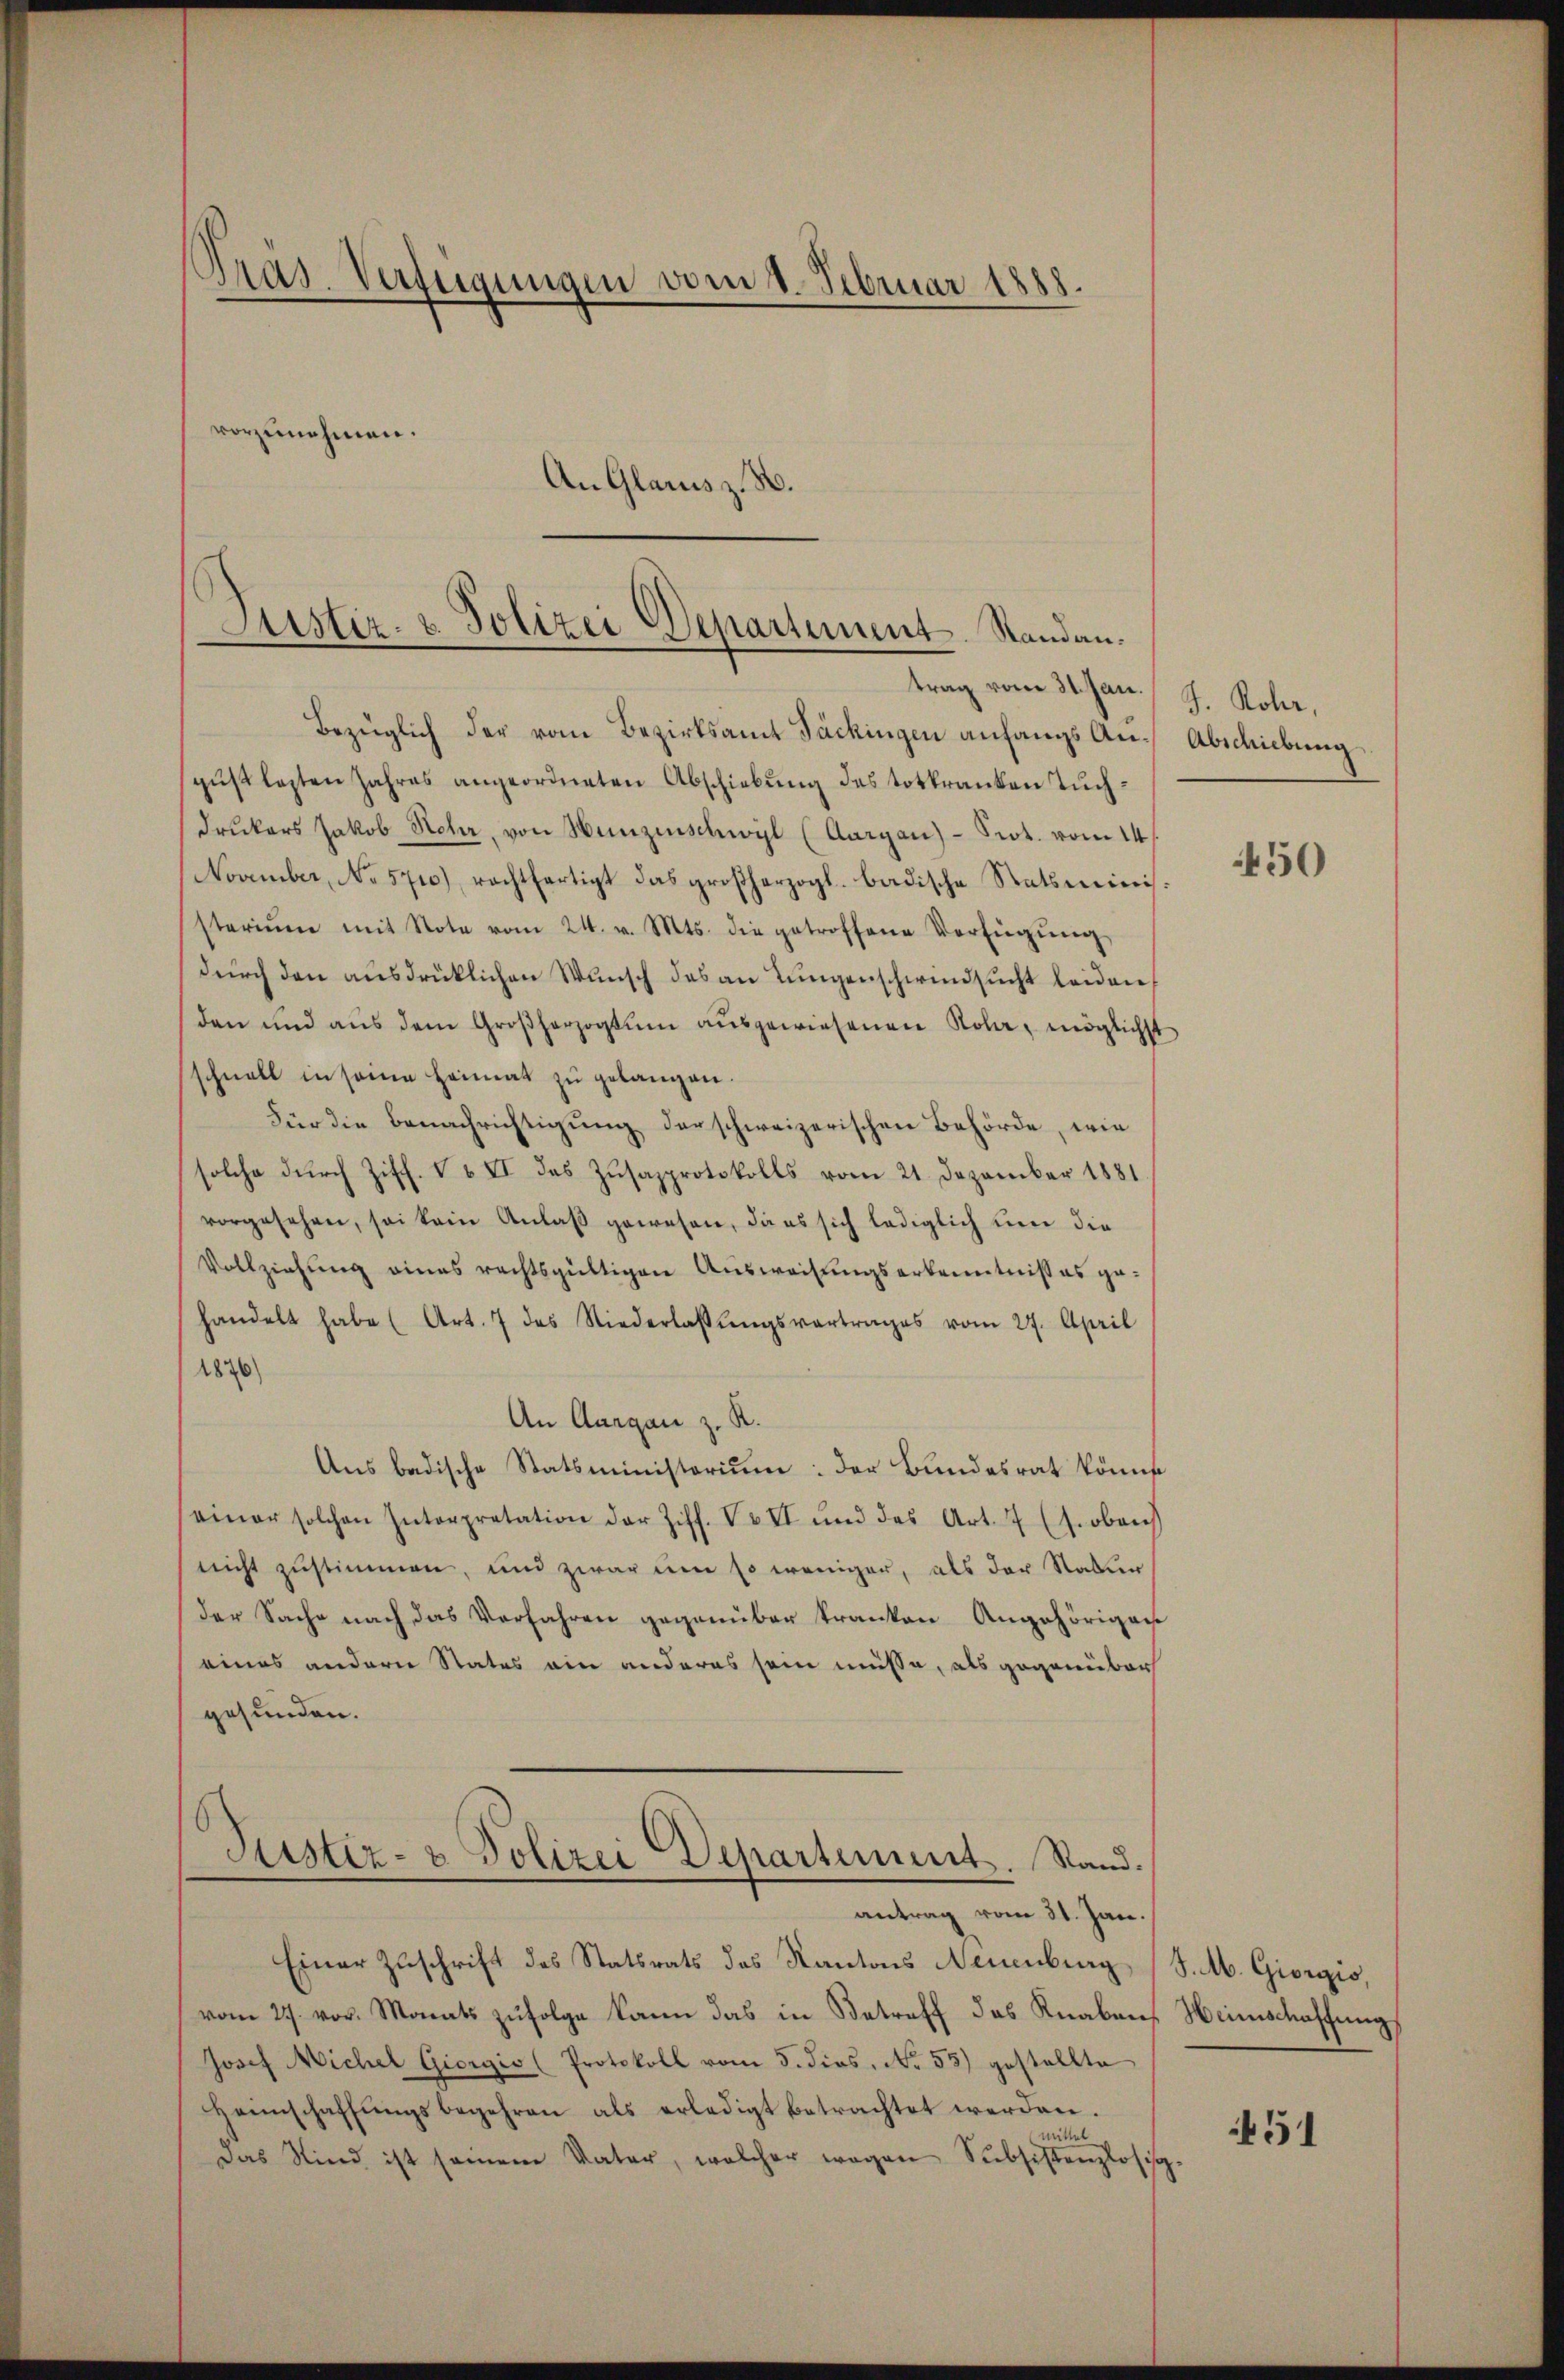
Bezüglich der vom Bezirksamt Säckingen anfangs Au-Abschiebung
gust lezten Jahres angeordneten Abschiebung des totkranken Tuchdrukers Jakob Hehr, von Hunzenschwyl (Aargau)- Prot. vom 14.
November, No 5710), rechtfertigt das großherzogl. badische Statsminis
steriŭm mit Note vom 24. v. Mts. die getroffene Verfügŭng
dŭrch den aŭsdrücklichen Wŭnsch des an Lŭngenschwindsucht leiden,
den und aŭs dem Großherzogtŭm aŭsgewiesenen Kola, möglichst
schnell in seine Heimat zu gelangen.
Für die Benachrichtigung der schweizerischen Behörde, wie
solche dŭrch Ziff. V 6 II des Zŭsazprotokolls vom 21. Dezember 1881.
vorgesehen, sei kein Anlaβ gewesen, da es sich lediglich um die
Vollziehung eines rechtsgültigen Ausweisungserkenntniß es ge-
handelt habe (Art. 7 des Niederlassŭngsvertrages vom 27. April
1876)
An Aargau z. R.
Ans badische Statsministerium: der Bundesrat könnte
seiner solchen Interpretation der Ziff. V v VI und das Art. 7 (s. oben
nicht zustimmen, und zwar um so weniger, als der Natur
der Sache nach das Verfahren gegenüber kranken Angehörigen
eines andern Status ein anderes sein müsse, als gegenüber
gesunden.
Justiz- & Polizei Departement. Stand.

Pras. Verfügungen vom 1. Februar 1888.
vorzunehmen.
An Glarus z. B.

Justiz- & Polizei Departement. Standantrag vom 31. Jan. J. Rohr,

antrag vom 21. Jan.

Einer Zuschrift des Statsrats des Kantons Neuenburg (S. M. Giorgis,
vom 27. vor. Monats zufolge kann das in Betreff des Knaben, Heimschaffung
Josef Michel Giorgio (Protokoll vom 5. dies, No 55) gestellte
Heimschaffungsbegehren als erledigt betrachtet werden.
tel
Das Kind ist seinem Vater, welcher wegen Subsistenzlosig-

450

451